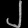
Digit: ၂